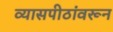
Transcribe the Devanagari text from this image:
व्यासपीठांवरून